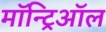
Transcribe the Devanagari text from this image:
मॉन्ट्रिऑल